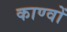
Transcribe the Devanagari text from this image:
काण्वों